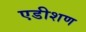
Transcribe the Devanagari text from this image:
एडीशण